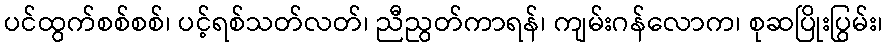
ပင်ထွက်စစ်စစ်၊ ပင့်ရစ်သတ်လတ်၊ ညီညွတ်ကာရန်၊ ကျမ်းဂန်လောက၊ စုဆပြိုးပြွမ်း၊